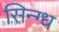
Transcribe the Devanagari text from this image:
सिन्ग्ध